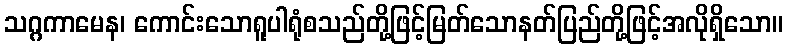
သဂ္ဂကာမေန၊ ကောင်းသောရူပါရုံစသည်တို့ဖြင့်မြတ်သောနတ်ပြည်တို့ဖြင့်အလိုရှိသော။